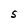
Character: S